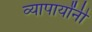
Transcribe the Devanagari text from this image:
व्यापार्यांनी